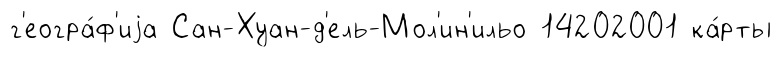
г'еогра́ф'иjа Сан-Хуан-д'ель-Мол'ин'ильо 14202001 ка́рты